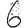
Digit: 6